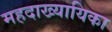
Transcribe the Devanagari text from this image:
महदाख्यायिका